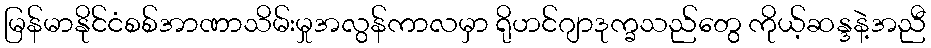
မြန်မာနိုင်ငံစစ်အာဏာသိမ်းမှုအလွန်ကာလမှာ ရိုဟင်ဂျာဒုက္ခသည်တွေ ကိုယ့်ဆန္ဒနဲ့အညီ